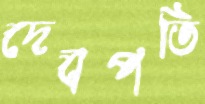
দেবপতি